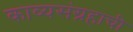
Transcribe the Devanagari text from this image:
काव्यसंग्रहाची